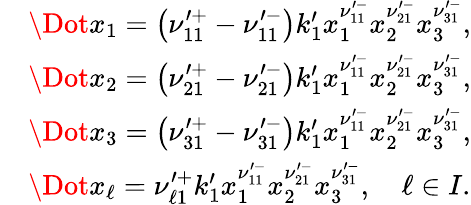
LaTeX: \begin{array}{rl}&{\Dot{x_{1}}=\left(\nu_{11}^{\prime+}-\nu_{11}^{\prime-}\right)k_{1}^{\prime}x_{1}^{\nu_{11}^{\prime-}}x_{2}^{\nu_{21}^{\prime-}}x_{3}^{\nu_{31}^{\prime-}},}\\ &{\Dot{x_{2}}=\left(\nu_{21}^{\prime+}-\nu_{21}^{\prime-}\right)k_{1}^{\prime}x_{1}^{\nu_{11}^{\prime-}}x_{2}^{\nu_{21}^{\prime-}}x_{3}^{\nu_{31}^{\prime-}},}\\ &{\Dot{x_{3}}=\left(\nu_{31}^{\prime+}-\nu_{31}^{\prime-}\right)k_{1}^{\prime}x_{1}^{\nu_{11}^{\prime-}}x_{2}^{\nu_{21}^{\prime-}}x_{3}^{\nu_{31}^{\prime-}},}\\ &{\Dot{x_{\ell}}=\nu_{\ell 1}^{\prime+}k_{1}^{\prime}x_{1}^{\nu_{11}^{\prime-}}x_{2}^{\nu_{21}^{\prime-}}x_{3}^{\nu_{31}^{\prime-}},\quad\ell\in I.}\end{array}